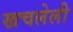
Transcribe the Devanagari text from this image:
खचलेली